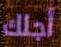
أجلك